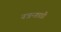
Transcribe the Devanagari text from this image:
नन्नन्ङाडी